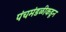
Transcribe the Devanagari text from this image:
पंचमंडळीकडून